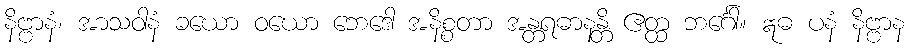
နိဗ္ဗာနံ၊ အာသဝါနံ ခယော ဝယော ဘေဒေါ အနိစ္စတာ အန္တရဓာနန္တိ ဧတ္ထ ဘင်္ဂေါ။ ဣဓ ပနံ နိဗ္ဗာန